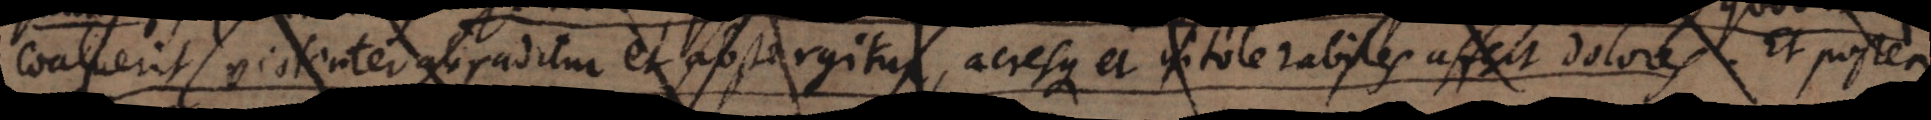
coaluerit violenter abraditur et abstergitur acresque et intolerabiles affert dolores. Et postea